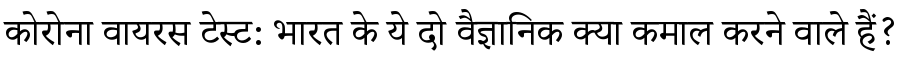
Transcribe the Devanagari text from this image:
कोरोना वायरस टेस्ट: भारत के ये दो वैज्ञानिक क्या कमाल करने वाले हैं?